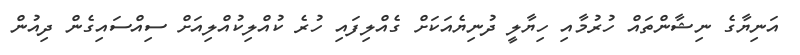
އަނިޔާގެ ނިޝާންތައް ހުރުމާއި ހިޔާލީ ދުނިޔެއަކަށް ގެއްލިފައި ހުރެ ކުއްލިކުއްލިއަށް ސިއްސައިގެން ދިއުން